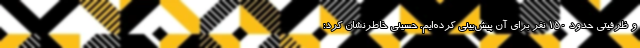
و ظرفیتی حدود 150 نفر برای آن پیش‌بینی کرده‌ایم. حسینی خاطرنشان کرد: